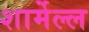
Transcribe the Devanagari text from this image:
शार्मेल्ल